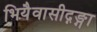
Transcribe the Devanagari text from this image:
भियैवासीद्गङ्गा